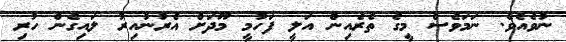
ނުވެއެވެ. ނަމަވެސް މީގެ ތެރެއިން އަލީ ފަހުމީ މޫދަށް އެރުނުއިރު ލައިގެން ހުރި